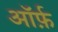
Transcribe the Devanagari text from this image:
ऑर्फ़